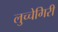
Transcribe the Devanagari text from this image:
लुच्चेगिरी